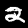
Label: 2